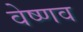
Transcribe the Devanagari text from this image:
वेष्णव